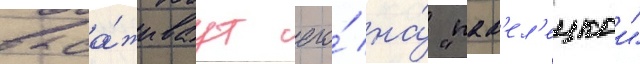
выса́живаут его́ на́ "пав'ел'ецкои"